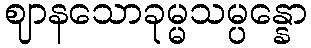
ဈာနသောခုမ္မသမ္ပန္နော